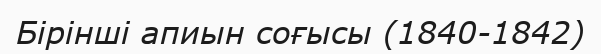
Бірінші апиын соғысы (1840-1842)